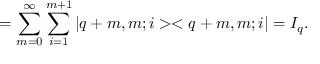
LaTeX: = \sum _ { m = 0 } ^ { \infty } \sum _ { i = 1 } ^ { m + 1 } | q + m , m ; i > < q + m , m ; i | = I _ { q } .